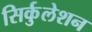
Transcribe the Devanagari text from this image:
सिर्कुलेशन